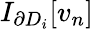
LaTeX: I_{\partial D_{i}}[v_{n}]